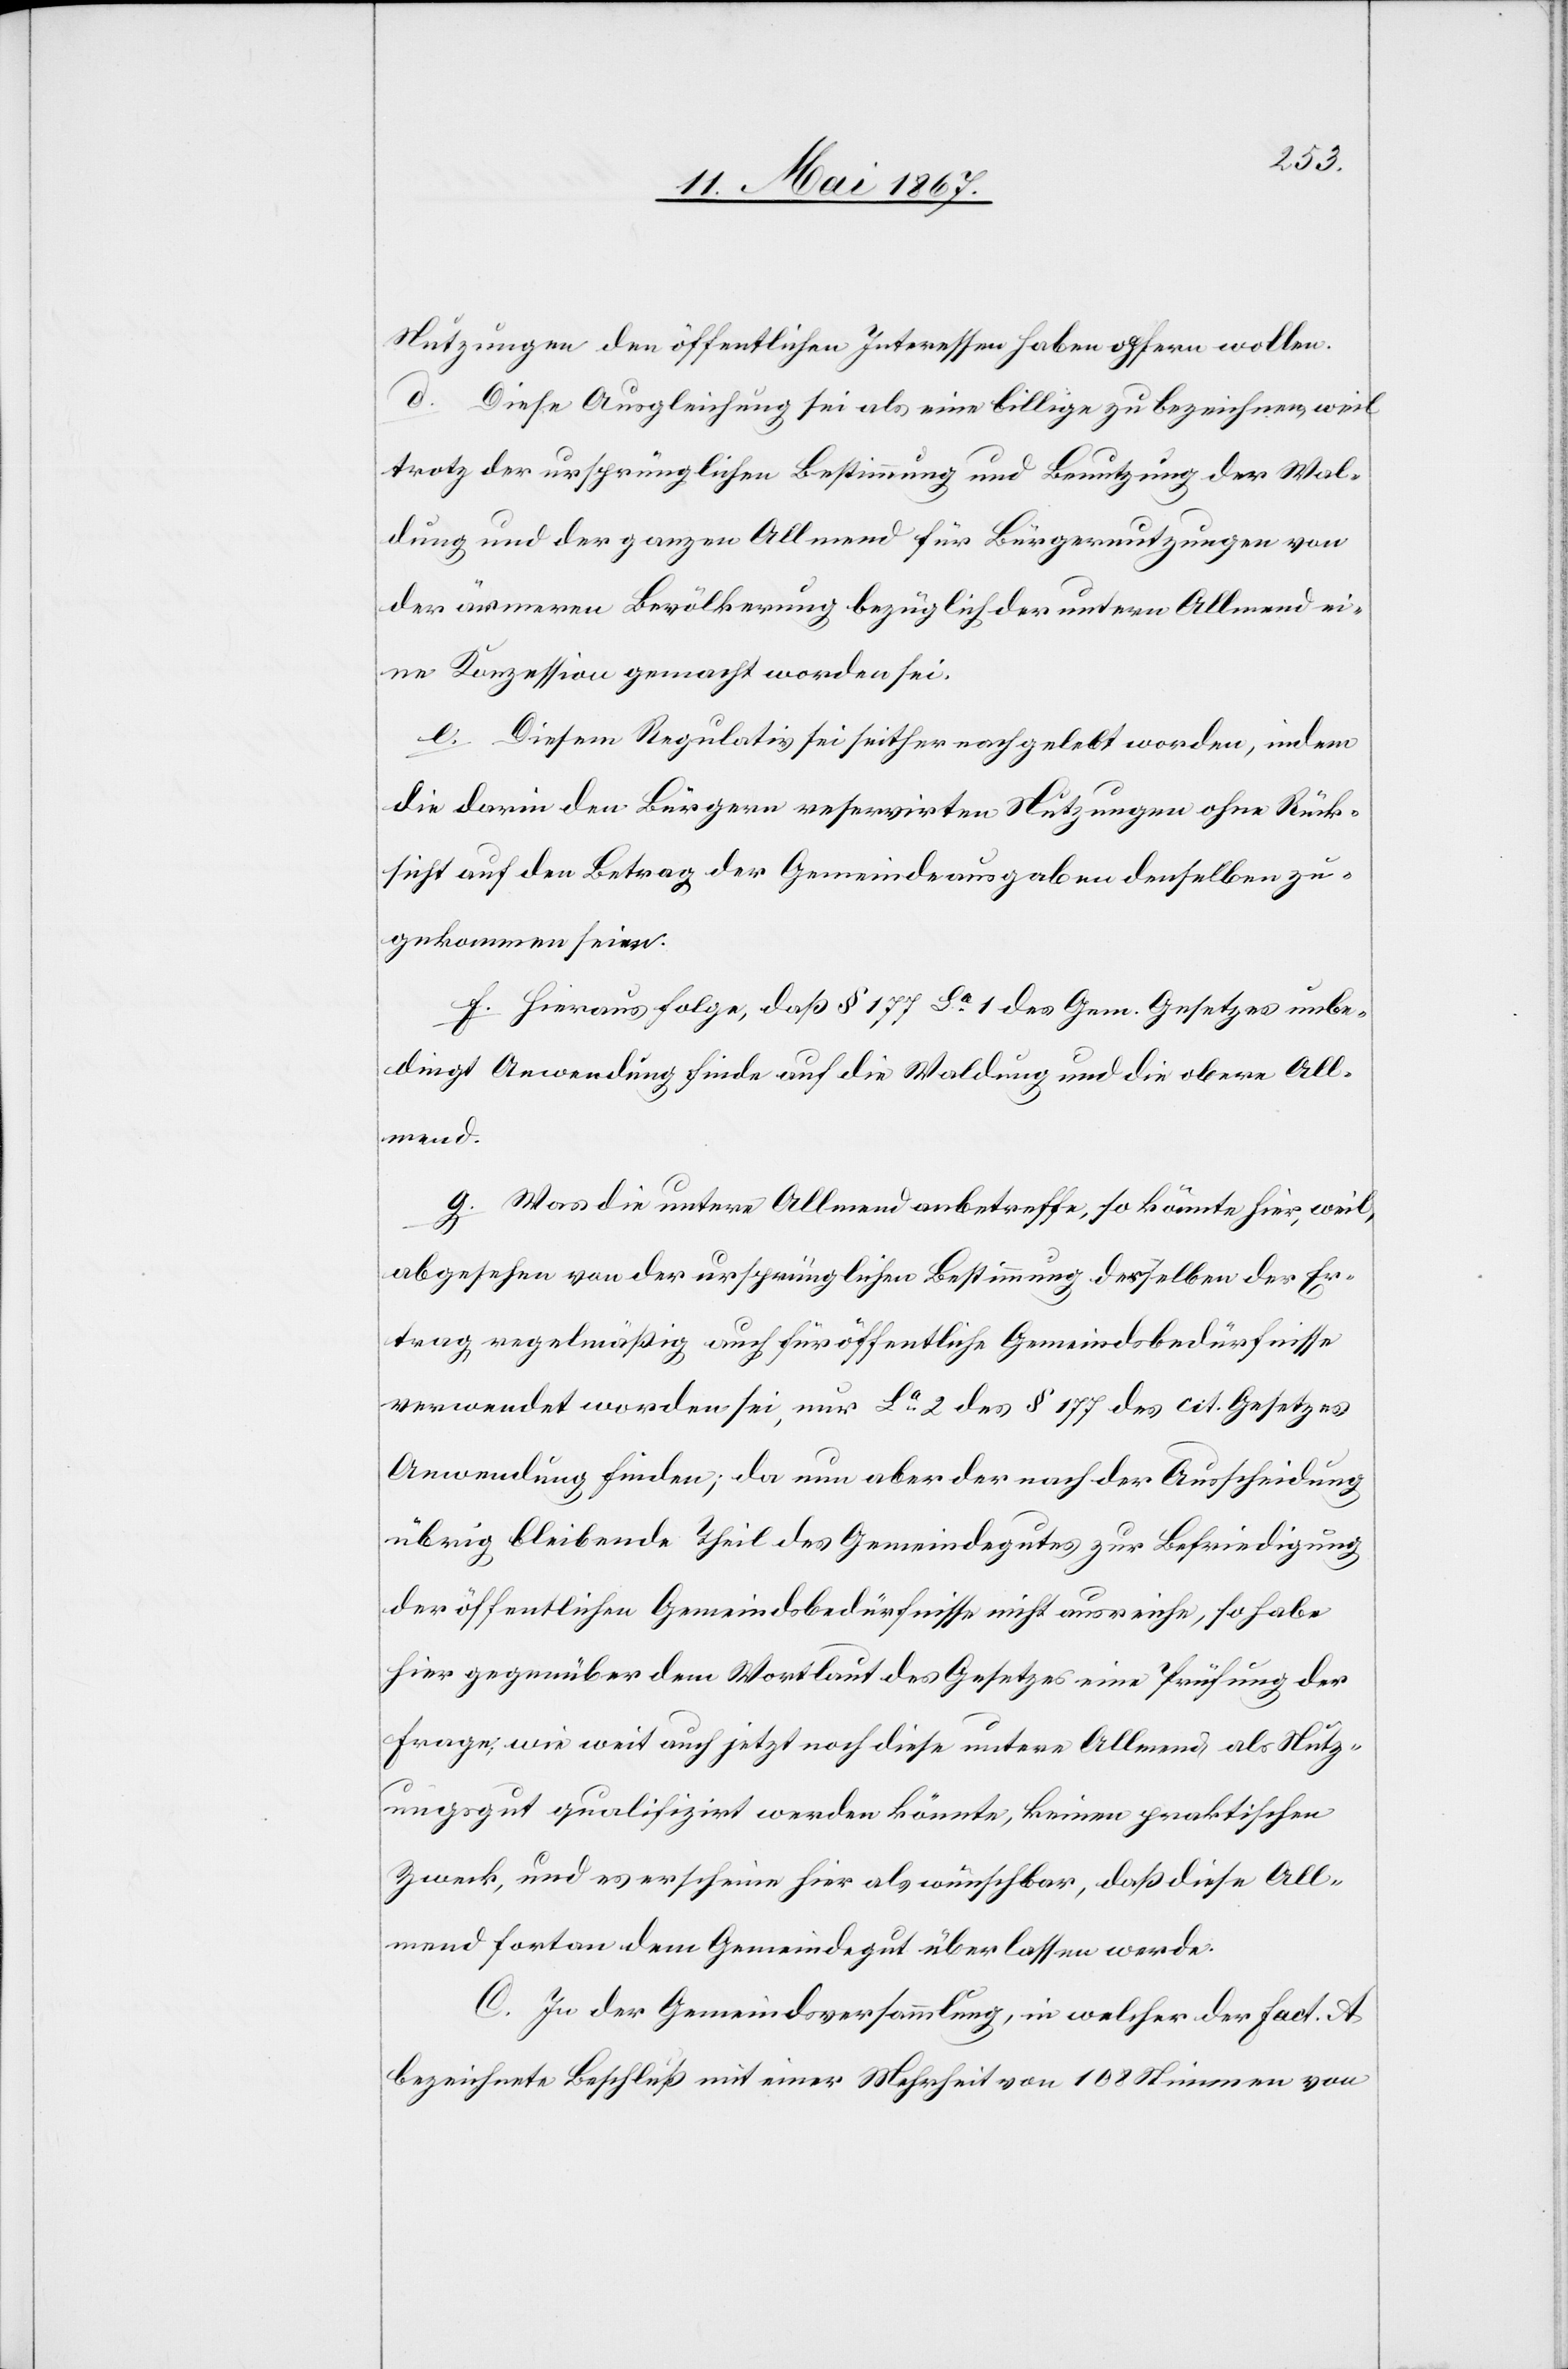
Nutzungen den öffentlichen Interessen haben opfern wollen.
d. Diese Ausgleichung sei als eine billige zu bezeichnen, weil
trotz der ursprünglichen Bestimmung und Benutzung der Wal¬
dung und der ganzen Allmend für Bürgernutzungen von
der ärmeren Bevölkerung bezüglich der untern Allmend ei¬
ne Konzession gemacht worden sei.
e. Diesem Regulativ sei seither nachgelebt worden, indem
die darin den Bürgern reservirten Nutzungen ohne Rück¬
sicht auf den Betrag der Gemeindeausgaben denselben zu¬
gekommen seien.
f. Hieraus folge, daß § 177 La. 1 des Gem. Gesetzes unbe¬
dingt Anwendung finde auf die Waldung und die obere All¬
mend.
g. Was die untere Allmend anbetreffe, so könnte hier, weil,
abgesehen von der ursprünglichen Bestimmung derselben der Er¬
trag regelmäßig auch für öffentliche Gemeindsbedürfnisse
verwendet worden sei, nur La. 2 des § 177 des cit. Gesetzes
Anwendung finden; da nun aber der nach der Ausscheidung
übrig bleibende Theil des Gemeindegutes zur Befriedigung
der öffentlichen Gemeindsbedürfnisse nicht ausreiche, so habe
hier gegenüber dem Wortlaut des Gesetzes eine Prüfung der
Frage, wie weit auch jetzt noch diese untere Allmend als Nutz¬
ungsgut qualifizirt werden könnte, keinen praktischen
Zweck, und es erscheine hier als wünschbar, daß diese All¬
mend fortan dem Gemeindegut überlassen werde.
C. In der Gemeindeversammlung, in welcher der Fact. A
bezeichnete Beschluß mit einer Mehrheit von 108 Stimmen von